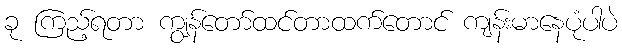
ခု ကြည့်ရတာ ကျွန်တော်ထင်တာထက်တောင် ကျန်းမာနေပုံပါပဲ